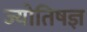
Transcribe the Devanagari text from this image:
ज्योतिषज्ञ